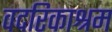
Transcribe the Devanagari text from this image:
वदरिकाश्रम